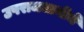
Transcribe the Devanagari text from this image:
उपराजधानीचे